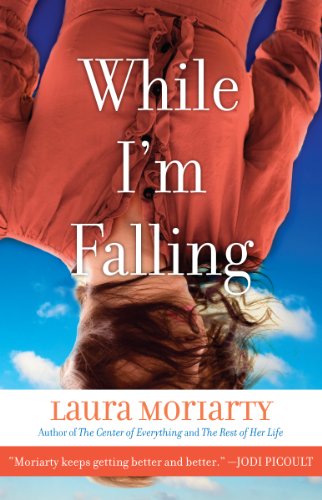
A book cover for While I'm Falling; Laura Moriarty; Literature & Fiction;